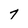
Character: 7